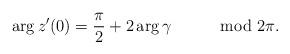
LaTeX: \begin{align*}\arg z'(0)=\frac{\pi}{2}+2\arg\gamma\qquad\mod2\pi.\end{align*}